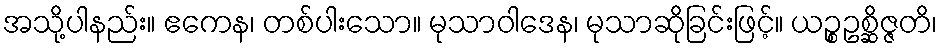
အသို့ပါနည်း။ ဧကေန၊ တစ်ပါးသော။ မုသာဝါဒေန၊ မုသာဆိုခြင်းဖြင့်။ ယဉ္စဥစ္ဆိဇ္ဇတိ၊